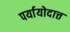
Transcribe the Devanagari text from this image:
पर्यायोदात्त